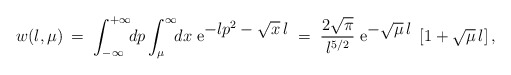
\begin{align*}w(l,\mu) \:=\; \int_{-\infty}^{+\infty}\!\! dp \int_{\mu}^{\infty}\!\! dx \; {\rm e}^{\textstyle -lp^2 -\sqrt{x}\,l} \;=\; \frac{2\sqrt{\pi}}{l^{5/2}} \; {\rm e}^{\textstyle -\sqrt{\mu}\,l} \; \left[ 1 + \sqrt{\mu}\,l \right],\end{align*}